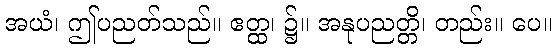
အယံ၊ ဤပညတ်သည်။ ဧတ္ထ၊ ၌။ အနုပညတ္တိ၊ တည်း။ ပေ။